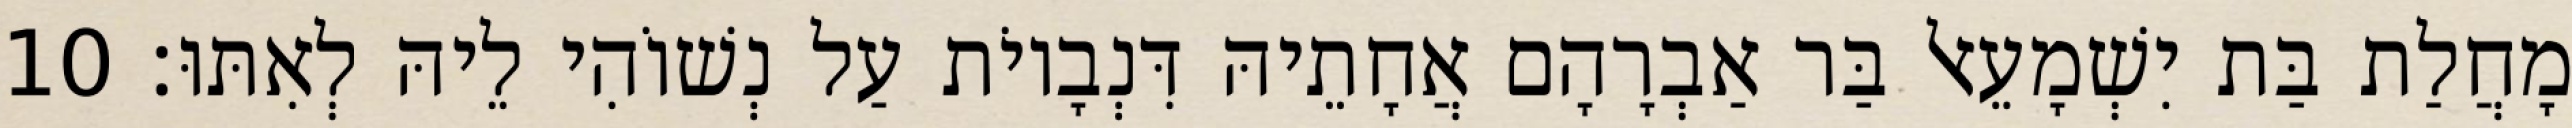
מָחֲלַת בַּת יִשְׁמָעֵאל בַּר אַבְרָהָם אֲחָתֵיהּ דִּנְבָיוֹת עַל נְשׁוֹהִי לֵיהּ לְאִתּוּ׃ 10